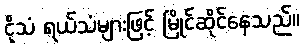
ငိုသံ ရယ်သံများဖြင့် မြိုင်ဆိုင်နေသည်။